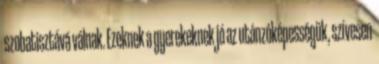
szobatisztává válnak. Ezeknek a gyerekeknek jó az utánzóképességük, szívesen